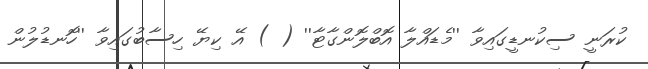
ކުރަނީ ސިކުނޑީގައިވާ ''މެޑައްލާ އޮބްލޮންގާޓާ'' ( ) އޭ ކިޔޭ ހިސާބުގައިވާ ''ހޮނޑުލުން